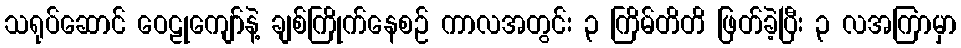
သရုပ်ဆောင် ဝေဠုကျော်နဲ့ ချစ်ကြိုက်နေစဉ် ကာလအတွင်း ၃ ကြိမ်တိတိ ဖြတ်ခဲ့ပြီး ၃ လအကြာမှာ